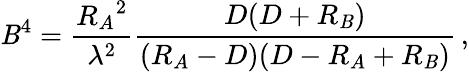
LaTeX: \mathit{B}^{4}={\frac{{{R_{A}}^{2}}}{{\lambda^{2}}}}{\frac{{D(D+R_{\mathit{B}})}}{{(R_{A}-D)(D-R_{A}+R_{\mathit{B}})}}}\, ,